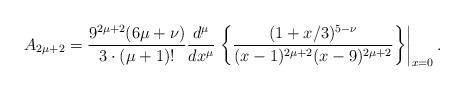
LaTeX: \begin{align*}A_{2\mu+2} = \frac{9^{2\mu+2}(6\mu+\nu)}{3\cdot(\mu+1)!} \frac{d^\mu}{dx^\mu} \left.\left\{ \frac{(1+x/3)^{5-\nu}}{(x-1)^{2\mu+2}(x-9)^{2\mu+2}} \right\}\right|_{x=0}.\end{align*}